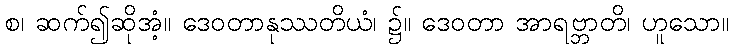
စ၊ ဆက်၍ဆိုအံ့။ ဒေဝတာနုဿတိယံ၊ ၌။ ဒေဝတာ အာရဗ္ဘာတိ၊ ဟူသော။